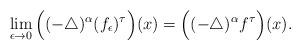
LaTeX: \begin{align*}\lim\limits_{\epsilon\to0}\Big((-\triangle)^{\alpha}(f_{\epsilon})^{\tau}\Big)(x)= \Big((-\triangle)^{\alpha}f^{\tau}\Big)(x). \end{align*}